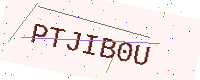
Text: PTJIB0U